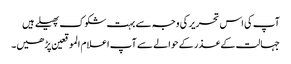
آپ کی اس تحریر کی وجہ سے بہت شکوک پھیلے ہیں
جہالت کے عذر کے حوالے سے آپ اعلام الموقعین پڑھیں۔